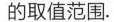
的取值范围。